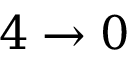
4 \rightarrow 0